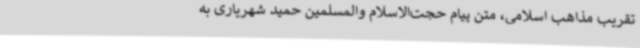
تقریب مذاهب اسلامی، متن پیام حجت‌الاسلام والمسلمین حمید شهریاری به